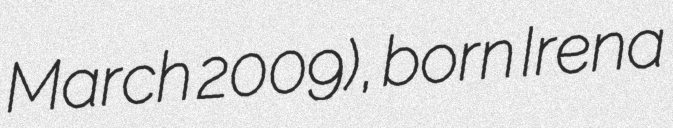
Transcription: March 2009), born Irena